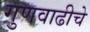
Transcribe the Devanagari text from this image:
गुणवाढीचे